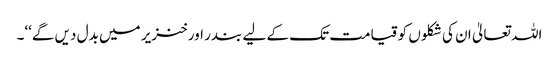
اللہ تعالیٰ ان کی شکلوں کو قیامت تک کے لیے بندر اور خنزیر میں بدل دیں گے‘‘۔